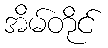
အိမ်တိုင်